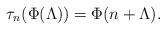
LaTeX: \begin{align*}\tau_n(\Phi(\Lambda))=\Phi(n + \Lambda).\end{align*}